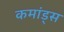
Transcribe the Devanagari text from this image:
कमांड्‌स